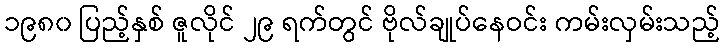
၁၉၈၀ ပြည့်နှစ် ဇူလိုင် ၂၉ ရက်တွင် ဗိုလ်ချုပ်နေဝင်း ကမ်းလှမ်းသည့်